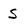
Character: S